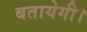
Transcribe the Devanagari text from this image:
बतायेगी।